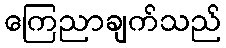
ကြေညာချက်သည်